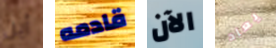
أين قادمه الآن يعاد